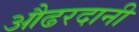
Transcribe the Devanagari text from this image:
औढरदानी